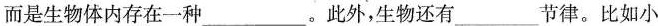
而是生物体内存在一种____。此外，生物还有___节律。比如小